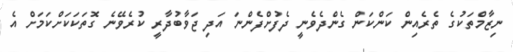
ނިޒާމްތަކުގެ ތެރެއިން ކަންކަން ގެންދެވެނީ ދެފުށްފެންނަ އަދި ޖަވާބުދާރީ ކުރެވޭނެ ގޮތަކަކަށްކަމަށް އެ